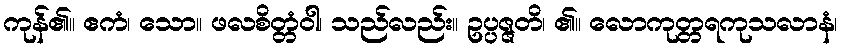
ကုန်၏။ ဧကံ၊ သော။ ဖလစိတ္တံဝါ၊ သည်လည်း။ ဥပ္ပဇ္ဇတိ၊ ၏။ လောကုတ္တရကုသလာနံ၊